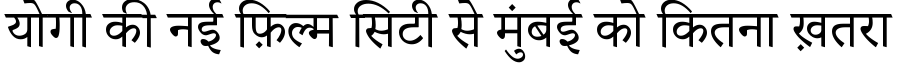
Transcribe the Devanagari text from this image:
योगी की नई फ़िल्म सिटी से मुंबई को कितना ख़तरा